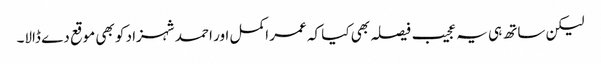
لیکن ساتھ ہی یہ عجیب فیصلہ بھی کیا کہ عمر اکمل اور احمد شہزاد کو بھی موقع دے ڈالا۔